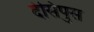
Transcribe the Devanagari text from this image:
देसिपुस